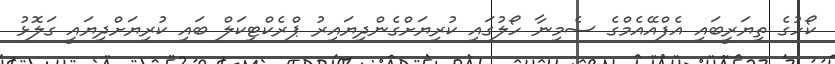
ކޯހުގެ ތިޔަރީބައި އެފްއޭއެމްގެ ސެމިނާ ހޯލުގައި ކުރިޔަށްގެންދިޔައިރު ޕްރެކްޓިކަލް ބައި ކުރިޔަށްދިޔައީ ގަލޮޅު